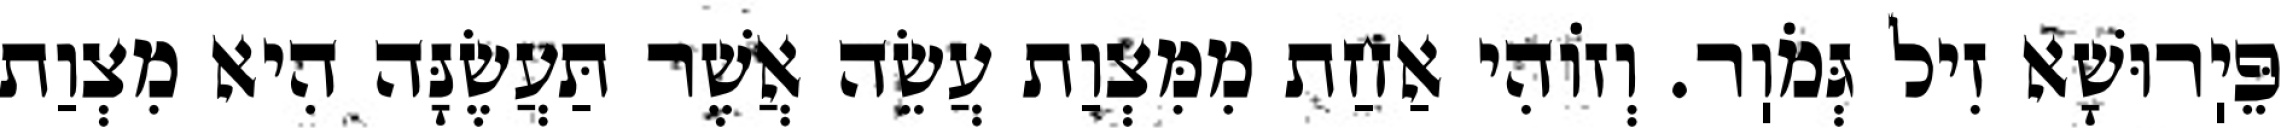
פֵּיֽרוּשָׁא זִיל גְּמֹוֽר. וְזוֹהִי אַחַת מִמִּצְוַת עֲשֵׂה אֲשֶׁר תַּעֲשֶׂנָּה הִיא מִצְוַת